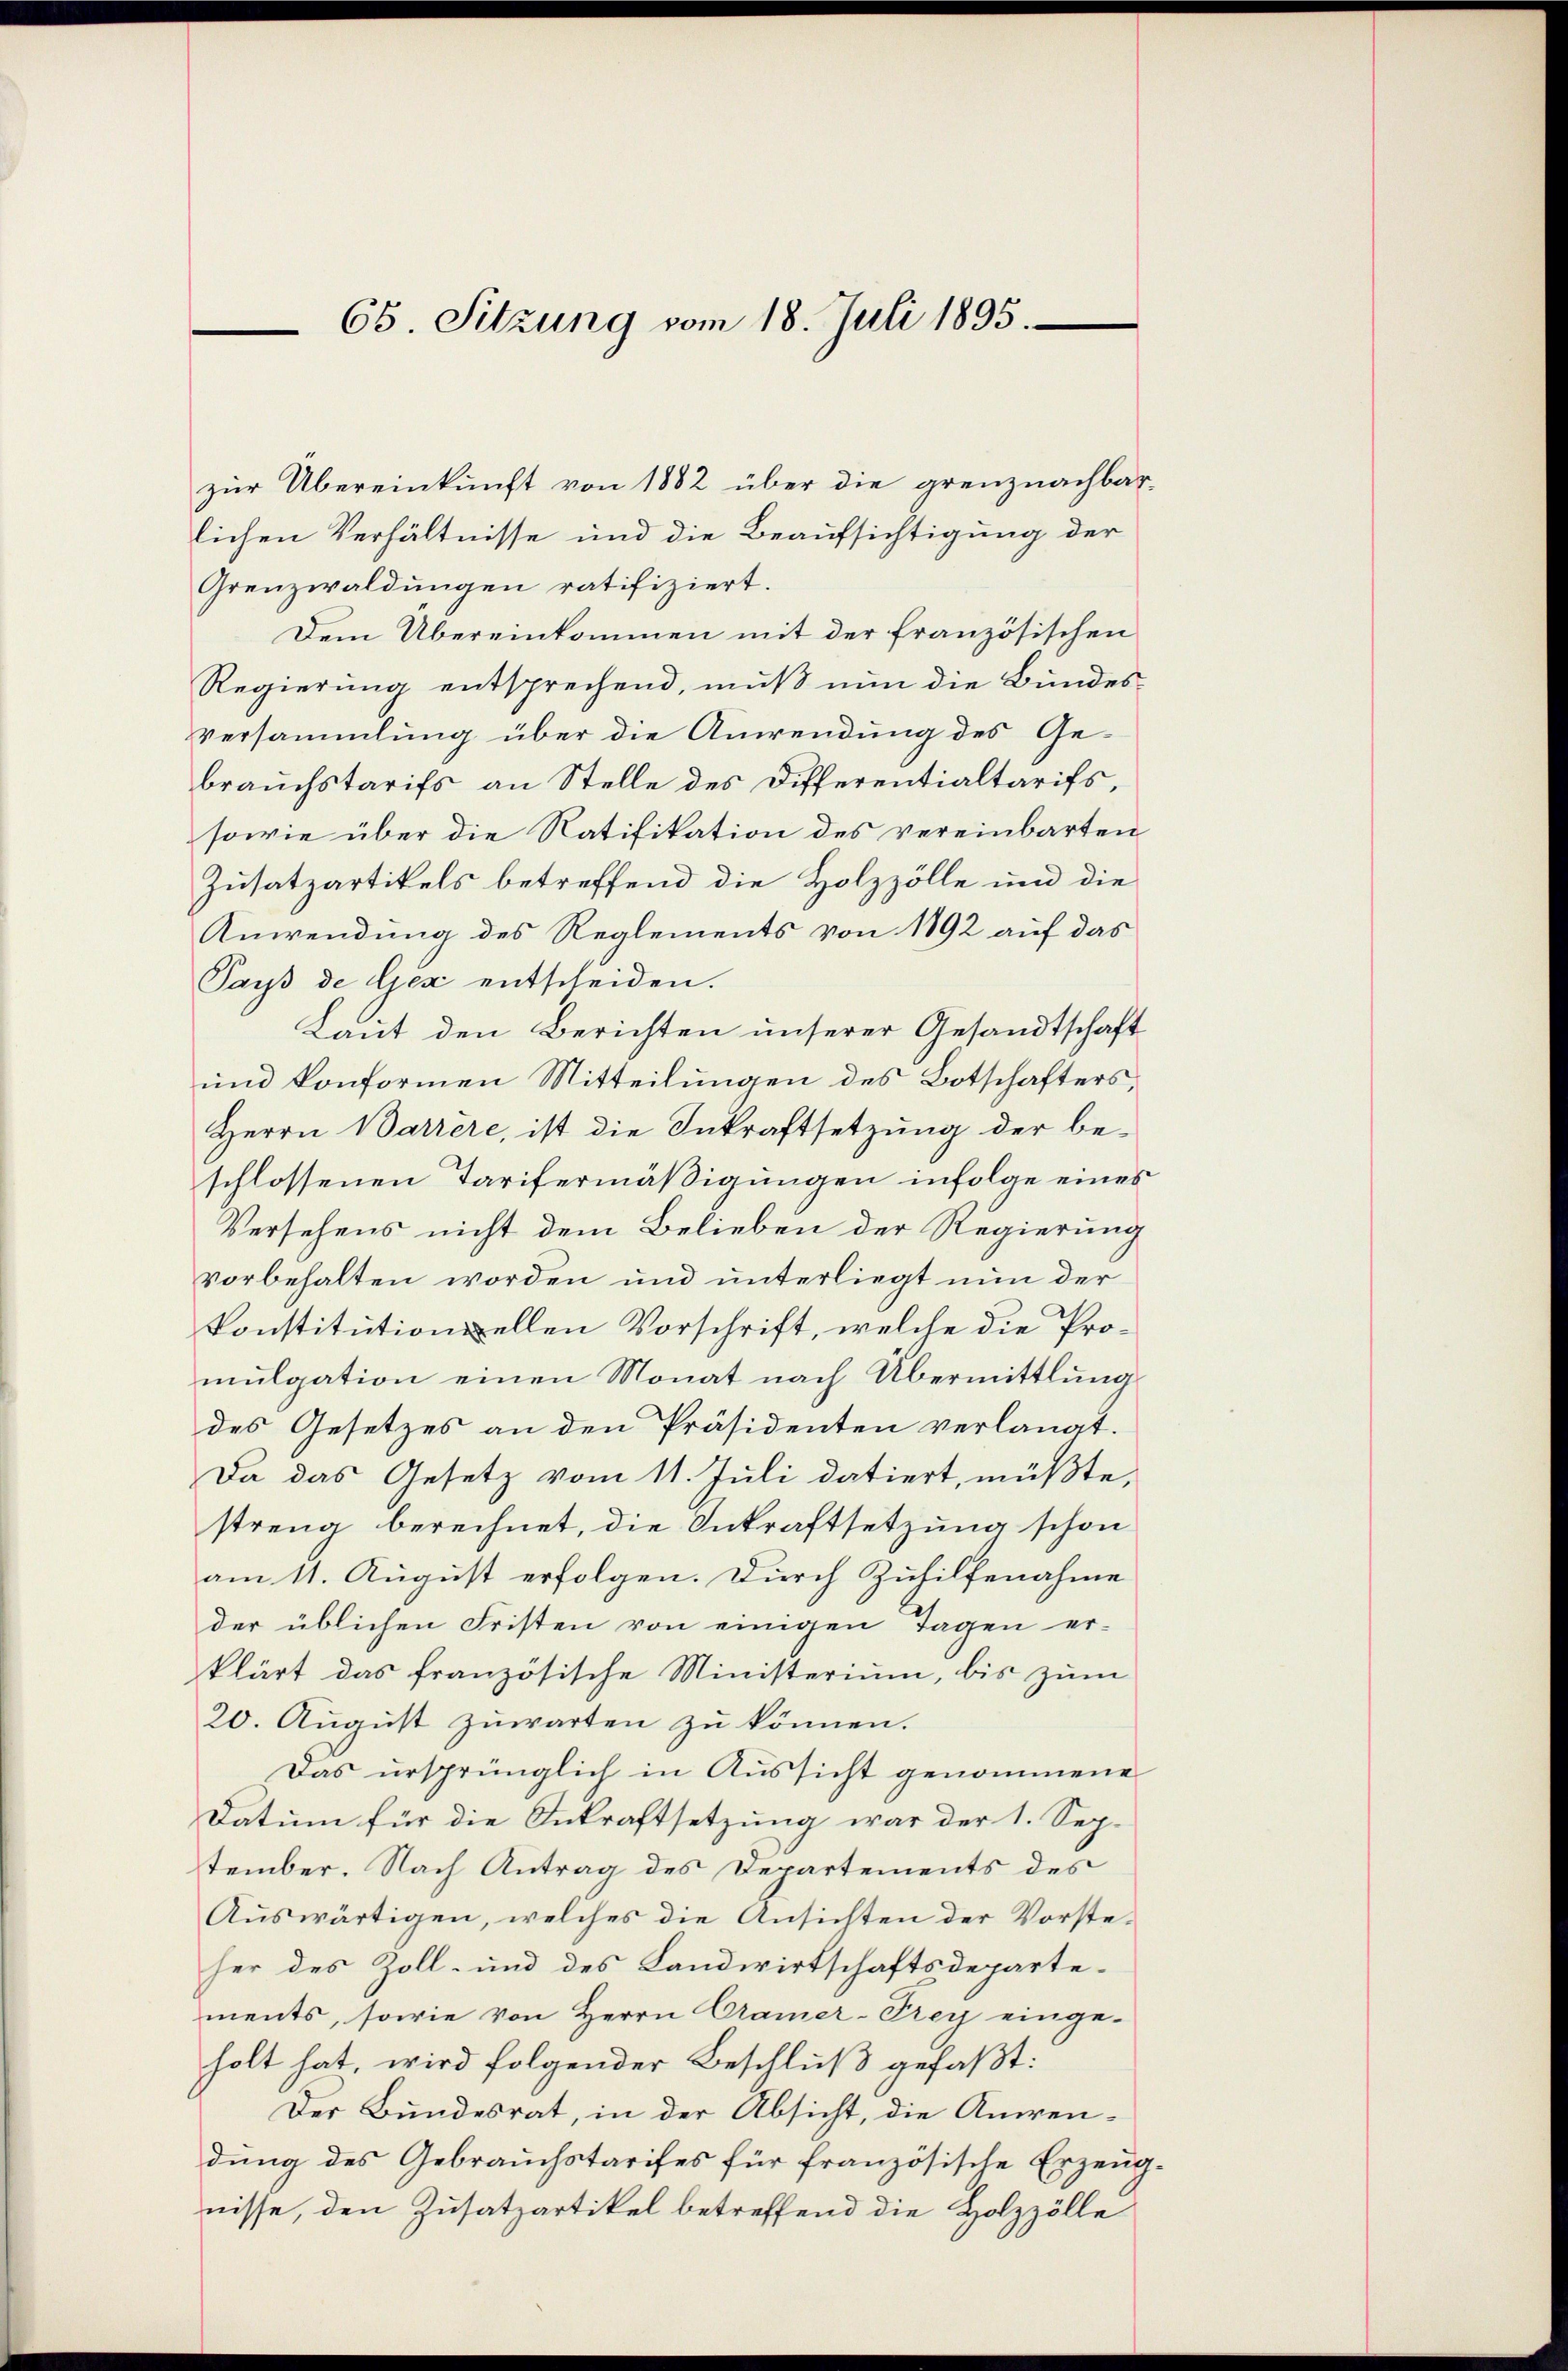
65. Sitzung vom 18. Juli 1895.

zur Übereinkunft von 1882 über die grenznachbar-

lichen Verhältnisse und die Beaufsichtigung der
Grenzwaldungen ratifiziert.
Dem Übereinkommen mit der französischen
Regierung entsprechend, muß nun die Bundesversammlung über die Anwendung des Gebrauchstarifs an Stelle des Differentialtarifs,
sowie über die Ratifikation des vereinbarten
Zusatzartikels betreffend die Holzzölle und die
Anwendung des Reglements von 1892 auf das
Pays de Gjéz entscheiden.
Laut den Berichten unserer Gesandtschaft
und konformen Mitteilungen des Botschafters,
Herrn Barrère, ist die Inkraftsetzung der beschlossenen Tarifermäßigungen infolge eines
Versehens nicht dem Belieben der Regierung
vorbehalten worden und unterliegt nun der
konstitutionellen Vorschrift, welche die Promulgation einen Monat nach Übermittlung
des Gesetzes an den Präsidenten verlangt.
Da das Gesetz vom 11. Juli datiert, müßte,
streng berechnet, die Inkraftsetzung schon
am 11. August erfolgen. Durch Zuhilfenahme
der üblichen Fristen von einigen Tagen er-
klärt das französische Ministerium, bis zum
20. August zuwarten zu können.
Das ursprünglich in Aussicht genommene
Datum für die Inkraftsetzung war der 1. Sep-
tember. Nach Antrag des Departements des
Auswärtigen, welches die Ansichten der Vorsteher des Zoll- und des Landwirtschaftsdeparte-
ments, sowie von Herrn Camer-Prey einge-
holt hat, wird folgender Beschluß gefaßt:
Der Bundesrat, in der Absicht, die Anwendung des Gebrauchstarifes für französische Erzeugnisse, den Zusatzartikel betreffend die Holzzölle